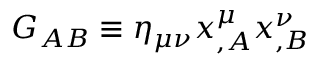
G _ { A B } \equiv \eta _ { \mu \nu } x _ { , A } ^ { \mu } x _ { , B } ^ { \nu }